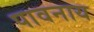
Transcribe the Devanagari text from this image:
पावनाय